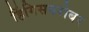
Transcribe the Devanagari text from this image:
हिंगिसबरोबर